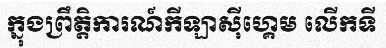
ក្នុងព្រឹត្តិការណ៍កីឡាស៊ីហ្គេម លើកទី